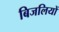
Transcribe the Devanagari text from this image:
बिजलियों